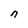
Character: n